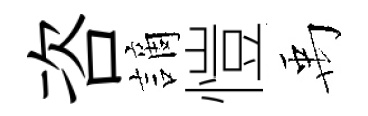
咨謫愷禹